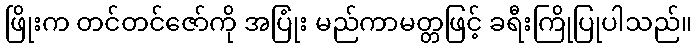
ဖြိုးက တင်တင်ဇော်ကို အပြုံး မည်ကာမတ္တဖြင့် ခရီးကြိုပြုပါသည်။